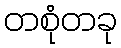
တစုံတခု